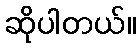
ဆိုပါတယ်။